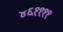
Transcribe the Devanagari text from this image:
४६११११